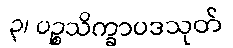
၃၊ ပဉ္စသိက္ခာပဒသုတ်